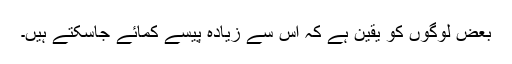
بعض لوگوں کو یقین ہے کہ اس سے زیادہ پیسے کمائے جاسکتے ہیں۔